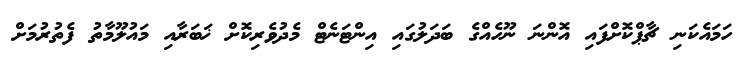
ހަމައެކަނި ޗާޕްކޮށްފައި އޮންނަ ނޫހެއްގެ ބަދަލުގައި އިންޓަނެޓް މެދުވެރިކޮށް ޚަބަރާއި މައުލޫމާތު ފެތުރުމަށް